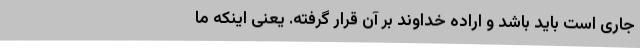
جاری است باید باشد و اراده خداوند بر آن قرار گرفته. یعنی اینکه ما